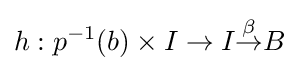
h:p^{-1}(b)\times I\to I{\overset {\beta }{\to }}B